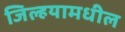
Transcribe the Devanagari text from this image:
जिल्हयामधील